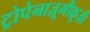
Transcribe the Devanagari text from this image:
ट्रोपेनाज़ूमीक्रूज़ी